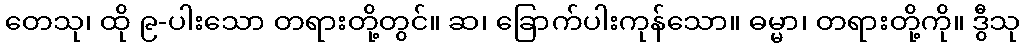
တေသု၊ ထို ၉-ပါးသော တရားတို့တွင်။ ဆ၊ ခြောက်ပါးကုန်သော။ ဓမ္မာ၊ တရားတို့ကို။ ဒွီသု